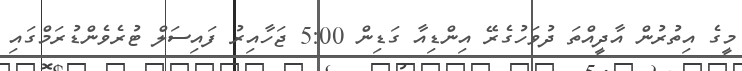
މީގެ އިތުރުން އާދީއްތަ ދުވަހުގެރޭ އިންޑިއާ ގަޑިން 5:00 ޖަހާއިރު ފައިސަލް ޓުރެވެންޑުރަމްގައި